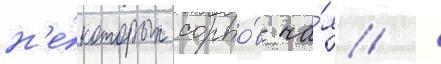
н'е́которых сорто́в ча́я /